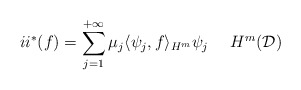
\begin{align*}ii^*(f) = \sum_{j=1}^{+\infty}\mu_j \langle \psi_j,f\rangle_{H^m}\psi_j \ \ \ \ H^m(\mathcal{D})\end{align*}